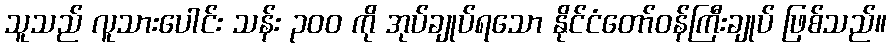
သူသည် လူသားပေါင်း သန်း ၃၀၀ ကို အုပ်ချုပ်ရသော နိုင်ငံတော်ဝန်ကြီးချုပ် ဖြစ်သည်။